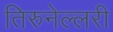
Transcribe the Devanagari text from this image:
तिरुनेल्लरी